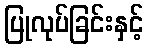
ပြုလုပ်ခြင်းနှင့်